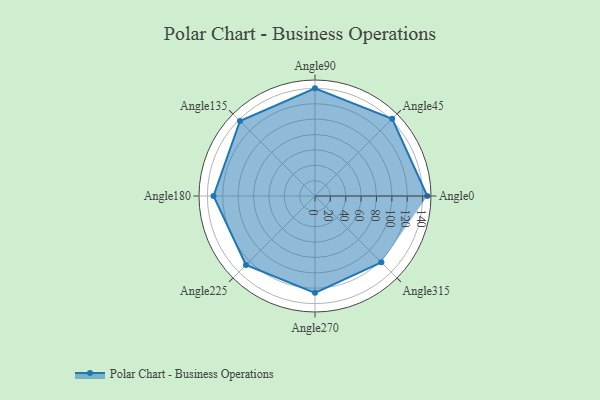
{"axis": {"x": "Angle", "y": "Radius"}, "legend": [""], "data": [{"x": "Angle0", "y": 146.0, "type": ""}, {"x": "Angle45", "y": 142.0, "type": ""}, {"x": "Angle90", "y": 140.0, "type": ""}, {"x": "Angle135", "y": 138.0, "type": ""}, {"x": "Angle180", "y": 132.0, "type": ""}, {"x": "Angle225", "y": 127.0, "type": ""}, {"x": "Angle270", "y": 126.0, "type": ""}, {"x": "Angle315", "y": 122.0, "type": ""}]}